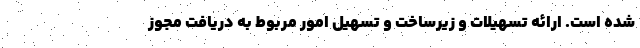
شده است. ارائه تسهیلات و زیرساخت و تسهیل امور مربوط به دریافت مجوز